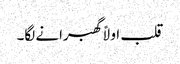
قلب اولاً گھبرانے لگا۔